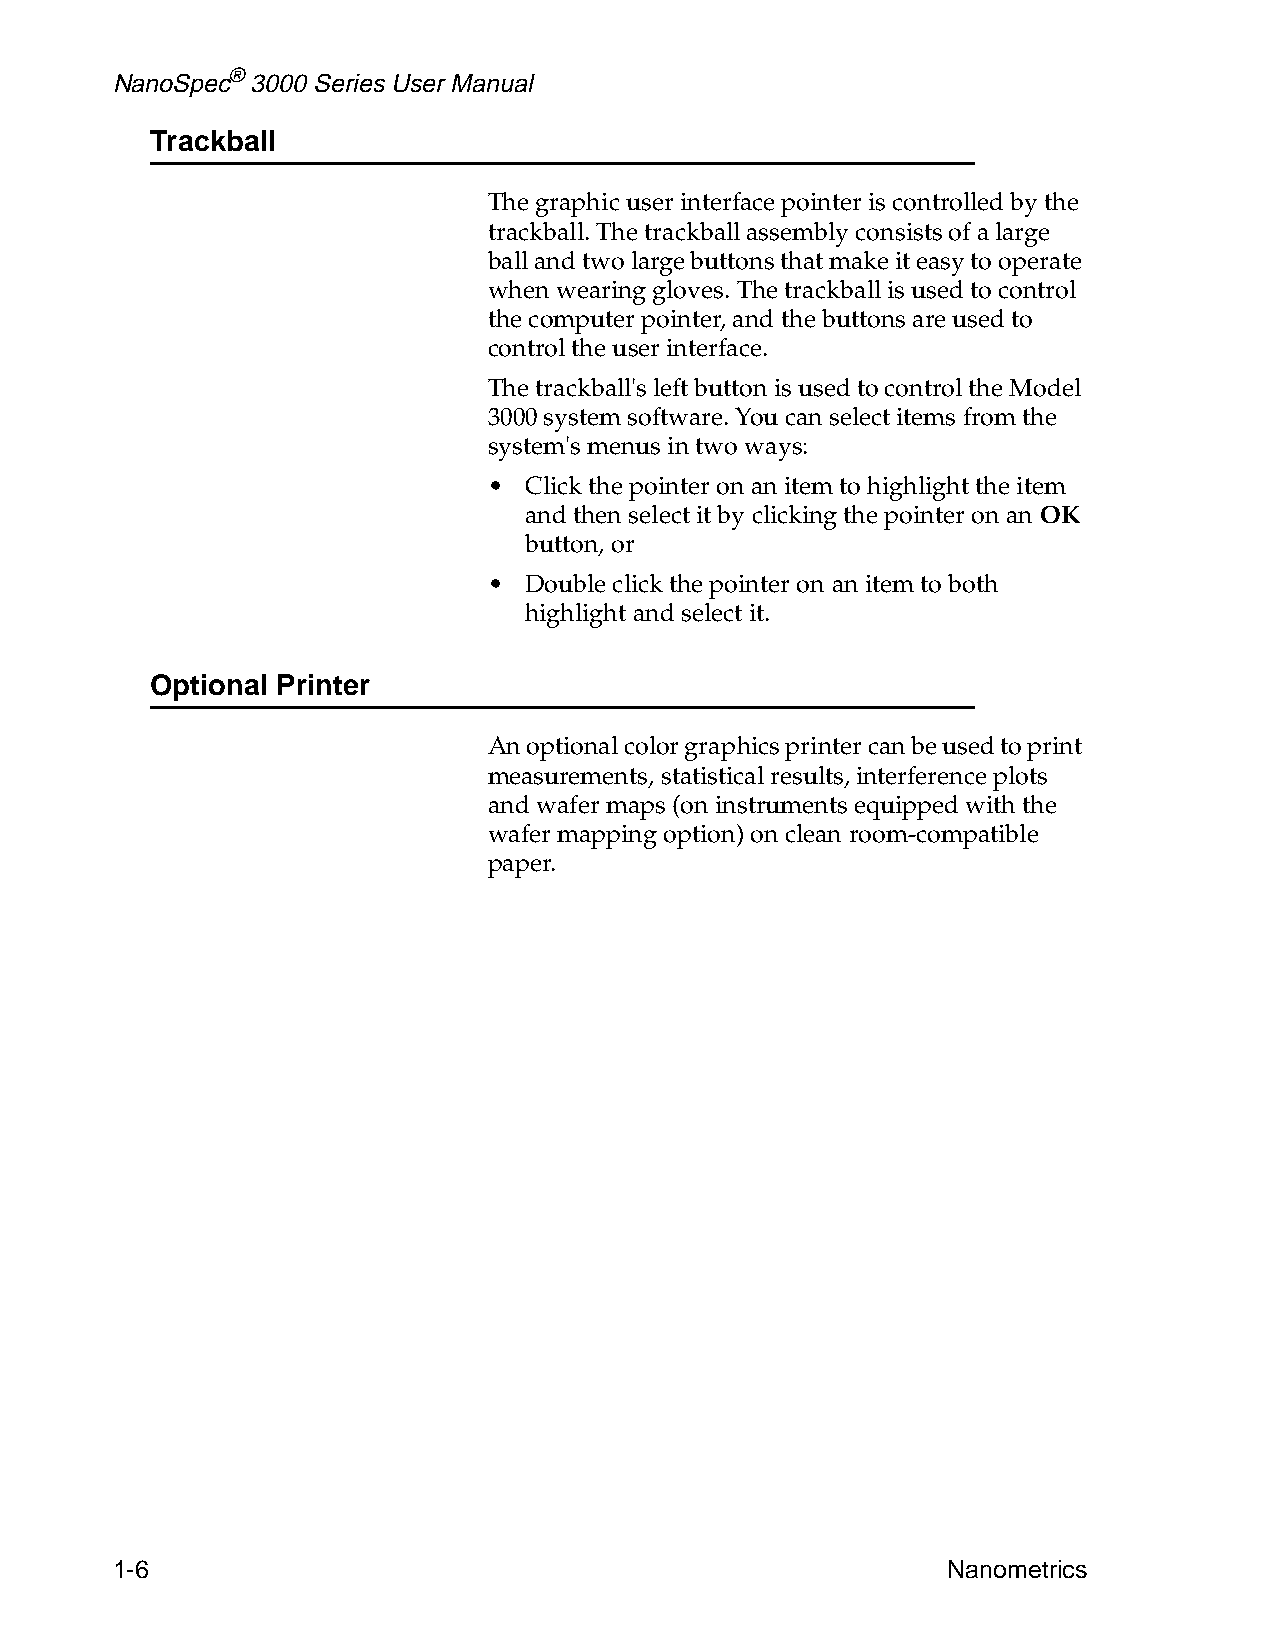
NanoSpec® 3000 Series User Manual
 Trackball
 The graphic user interface pointer is controlled by the
 trackball. The trackball assembly consists of a large
 ball and two large buttons that make it easy to operate
 when wearing gloves. The trackball is used to control
 the computer pointer, and the buttons are used to
 control the user interface.
 The trackball's left button is used to control the Model
 3000 system software. You can select items from the
 system's menus in two ways:
 •  Click the pointer on an item to highlight the item
 and then select it by clicking the pointer on an OK
 button, or
 •  Double click the pointer on an item to both
 highlight and select it.
 Optional Printer
 An optional color graphics printer can be used to print
 measurements, statistical results, interference plots
 and wafer maps (on instruments equipped with the
 wafer mapping option) on clean room-compatible
 paper.
 1-6                                                     Nanometrics